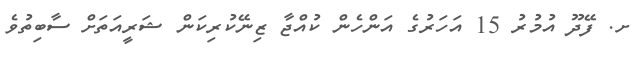
ށ. ފޭދޫ އުމުރު 15 އަހަރުގެ އަންހެން ކުއްޖާ ޒިނޭކުރިކަން ޝަރީއަތަށް ސާބިތުވެ